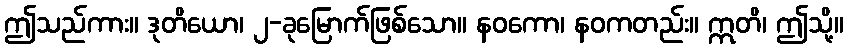
ဤသည်ကား။ ဒုတိယော၊ ၂-ခုမြောက်ဖြစ်သော။ နဝကော၊ နဝကတည်း။ ဣတိ၊ ဤသို့။